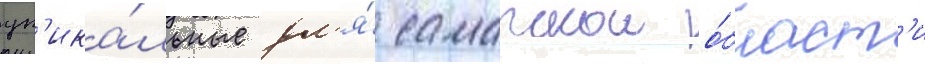
ун'ика́льные дл'я́ самарскои о́бласт'и